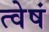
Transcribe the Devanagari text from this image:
त्वेषं